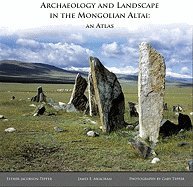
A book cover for Archaeology and Landscape in the Mongolian Altai: An Atlas; Esther Jacobson-Tepfer; Travel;